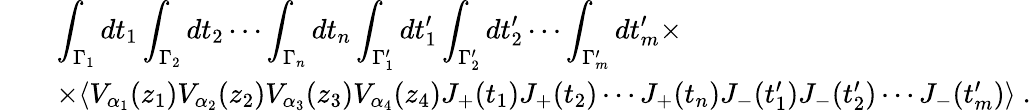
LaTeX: \begin{array}{rcl}{{}}&{{}}&{{\displaystyle\int_{\Gamma_{1}}dt_{1}\int_{\Gamma_{2}}dt_{2}\cdots\int_{\Gamma_{n}}dt_{n}\int_{\Gamma_{1}^{\prime}}dt_{1}^{\prime}\int_{\Gamma_{2}^{\prime}}dt_{2}^{\prime}\cdots\int_{\Gamma_{m}^{\prime}}dt_{m}^{\prime}\times}}\\ {{}}&{{}}&{{\times\langle V_{\alpha_{1}}(z_{1})V_{\alpha_{2}}(z_{2})V_{\alpha_{3}}(z_{3})V_{\alpha_{4}}(z_{4})J_{+}(t_{1})J_{+}(t_{2})\cdots J_{+}(t_{n})J_{-}(t_{1}^{\prime})J_{-}(t_{2}^{\prime})\cdots J_{-}(t_{m}^{\prime})\rangle~.}}\end{array}